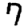
Digit: 7